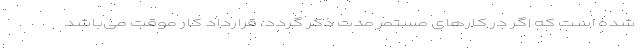
شده است که اگر در کارهای مستمر مدت ذکر گردد، قرارداد کار موقت می‌باشد